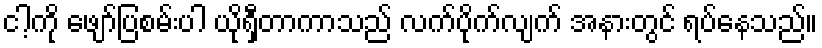
ငါ့ကို ဖျော်ပြစမ်းပါ ယိုရှီတာကာသည် လက်ပိုက်လျက် အနားတွင် ရပ်နေသည်။